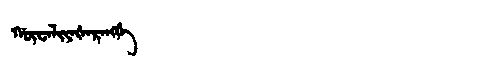
Manchu: ᡤᡡᠸᠠᠯᡳᠶᠠᡧᠠᡵᠠᠩᡤᡝ
Romanization: GŪWALIYAŠARANGGE